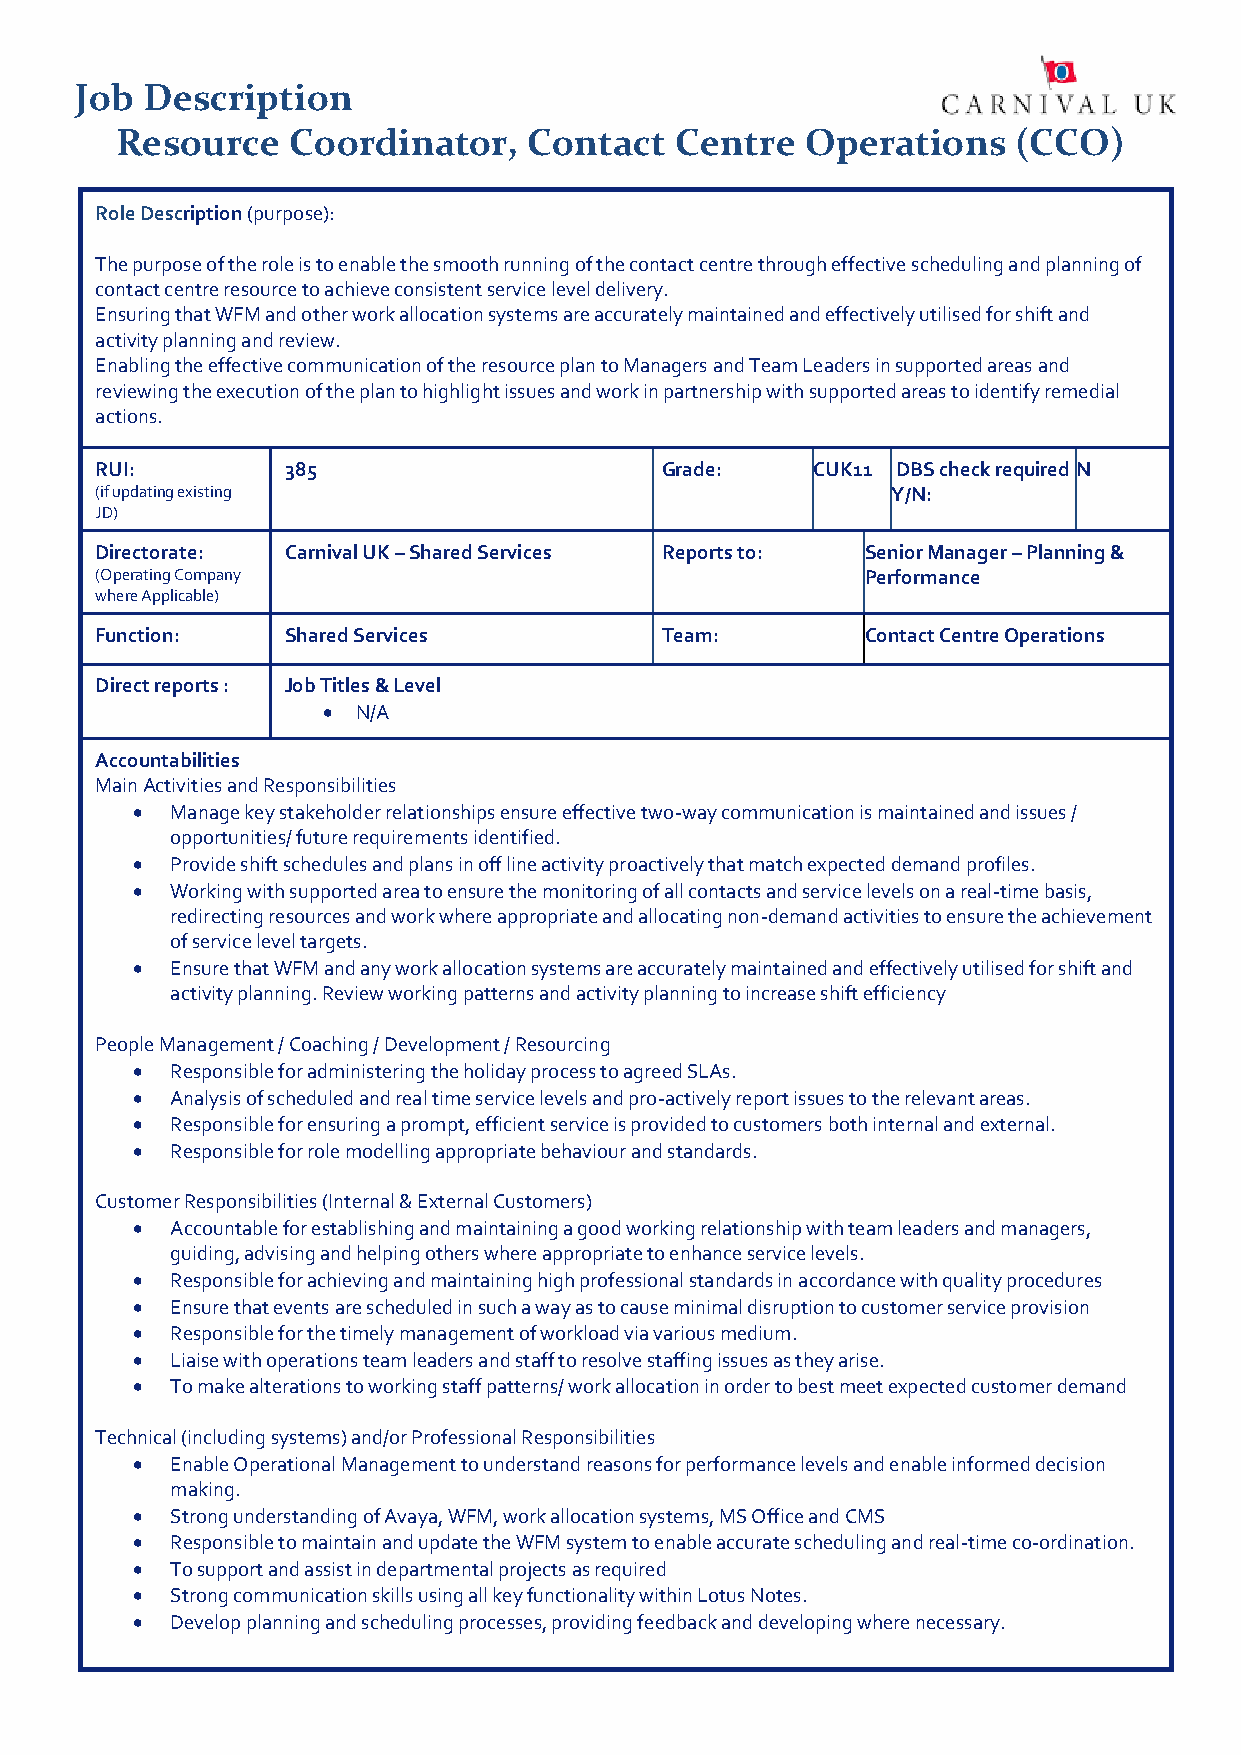
Job Description
 Resource   Coordinator,    Contact   Centre  Operations    (CCO)
 Role Description (purpose):
 The purpose of the role is to enable the smooth running of the contact centre through effective scheduling and planning of
 contact centre resource to achieve consistent service level delivery.
 Ensuring that WFM and other work allocation systems are accurately maintained and effectively utilised for shift and
 activity planning and review.
 Enabling the effective communication of the resource plan to Managers and Team Leaders in supported areas and
 reviewing the execution of the plan to highlight issues and work in partnership with supported areas to identify remedial
 actions.
 RUI:         385                      Grade:    CUK11 DBS check required N
 (if updating existing                                Y/N:
 JD)
 Directorate: Carnival UK – Shared Services Reports to: Senior Manager – Planning &
 (Operating Company                                 Performance
 where Applicable)
 Function:    Shared Services          Team:        Contact Centre Operations
 Direct reports : Job Titles & Level
   N/A
 Accountabilities
 Main Activities and Responsibilities
  Manage key stakeholder relationships ensure effective two-way communication is maintained and issues /
 opportunities/ future requirements identified.
  Provide shift schedules and plans in off line activity proactively that match expected demand profiles.
  Working with supported area to ensure the monitoring of all contacts and service levels on a real-time basis,
 redirecting resources and work where appropriate and allocating non-demand activities to ensure the achievement
 of service level targets.
  Ensure that WFM and any work allocation systems are accurately maintained and effectively utilised for shift and
 activity planning. Review working patterns and activity planning to increase shift efficiency
 People Management / Coaching / Development / Resourcing
  Responsible for administering the holiday process to agreed SLAs.
  Analysis of scheduled and real time service levels and pro-actively report issues to the relevant areas.
  Responsible for ensuring a prompt, efficient service is provided to customers both internal and external.
  Responsible for role modelling appropriate behaviour and standards.
 Customer Responsibilities (Internal & External Customers)
  Accountable for establishing and maintaining a good working relationship with team leaders and managers,
 guiding, advising and helping others where appropriate to enhance service levels.
  Responsible for achieving and maintaining high professional standards in accordance with quality procedures
  Ensure that events are scheduled in such a way as to cause minimal disruption to customer service provision
  Responsible for the timely management of workload via various medium.
  Liaise with operations team leaders and staff to resolve staffing issues as they arise.
  To make alterations to working staff patterns/ work allocation in order to best meet expected customer demand
 Technical (including systems) and/or Professional Responsibilities
  Enable Operational Management to understand reasons for performance levels and enable informed decision
 making.
  Strong understanding of Avaya, WFM, work allocation systems, MS Office and CMS
  Responsible to maintain and update the WFM system to enable accurate scheduling and real-time co-ordination.
  To support and assist in departmental projects as required
  Strong communication skills using all key functionality within Lotus Notes.
  Develop planning and scheduling processes, providing feedback and developing where necessary.